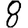
Digit: 8